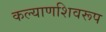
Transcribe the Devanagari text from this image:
कल्याणशिवरूप